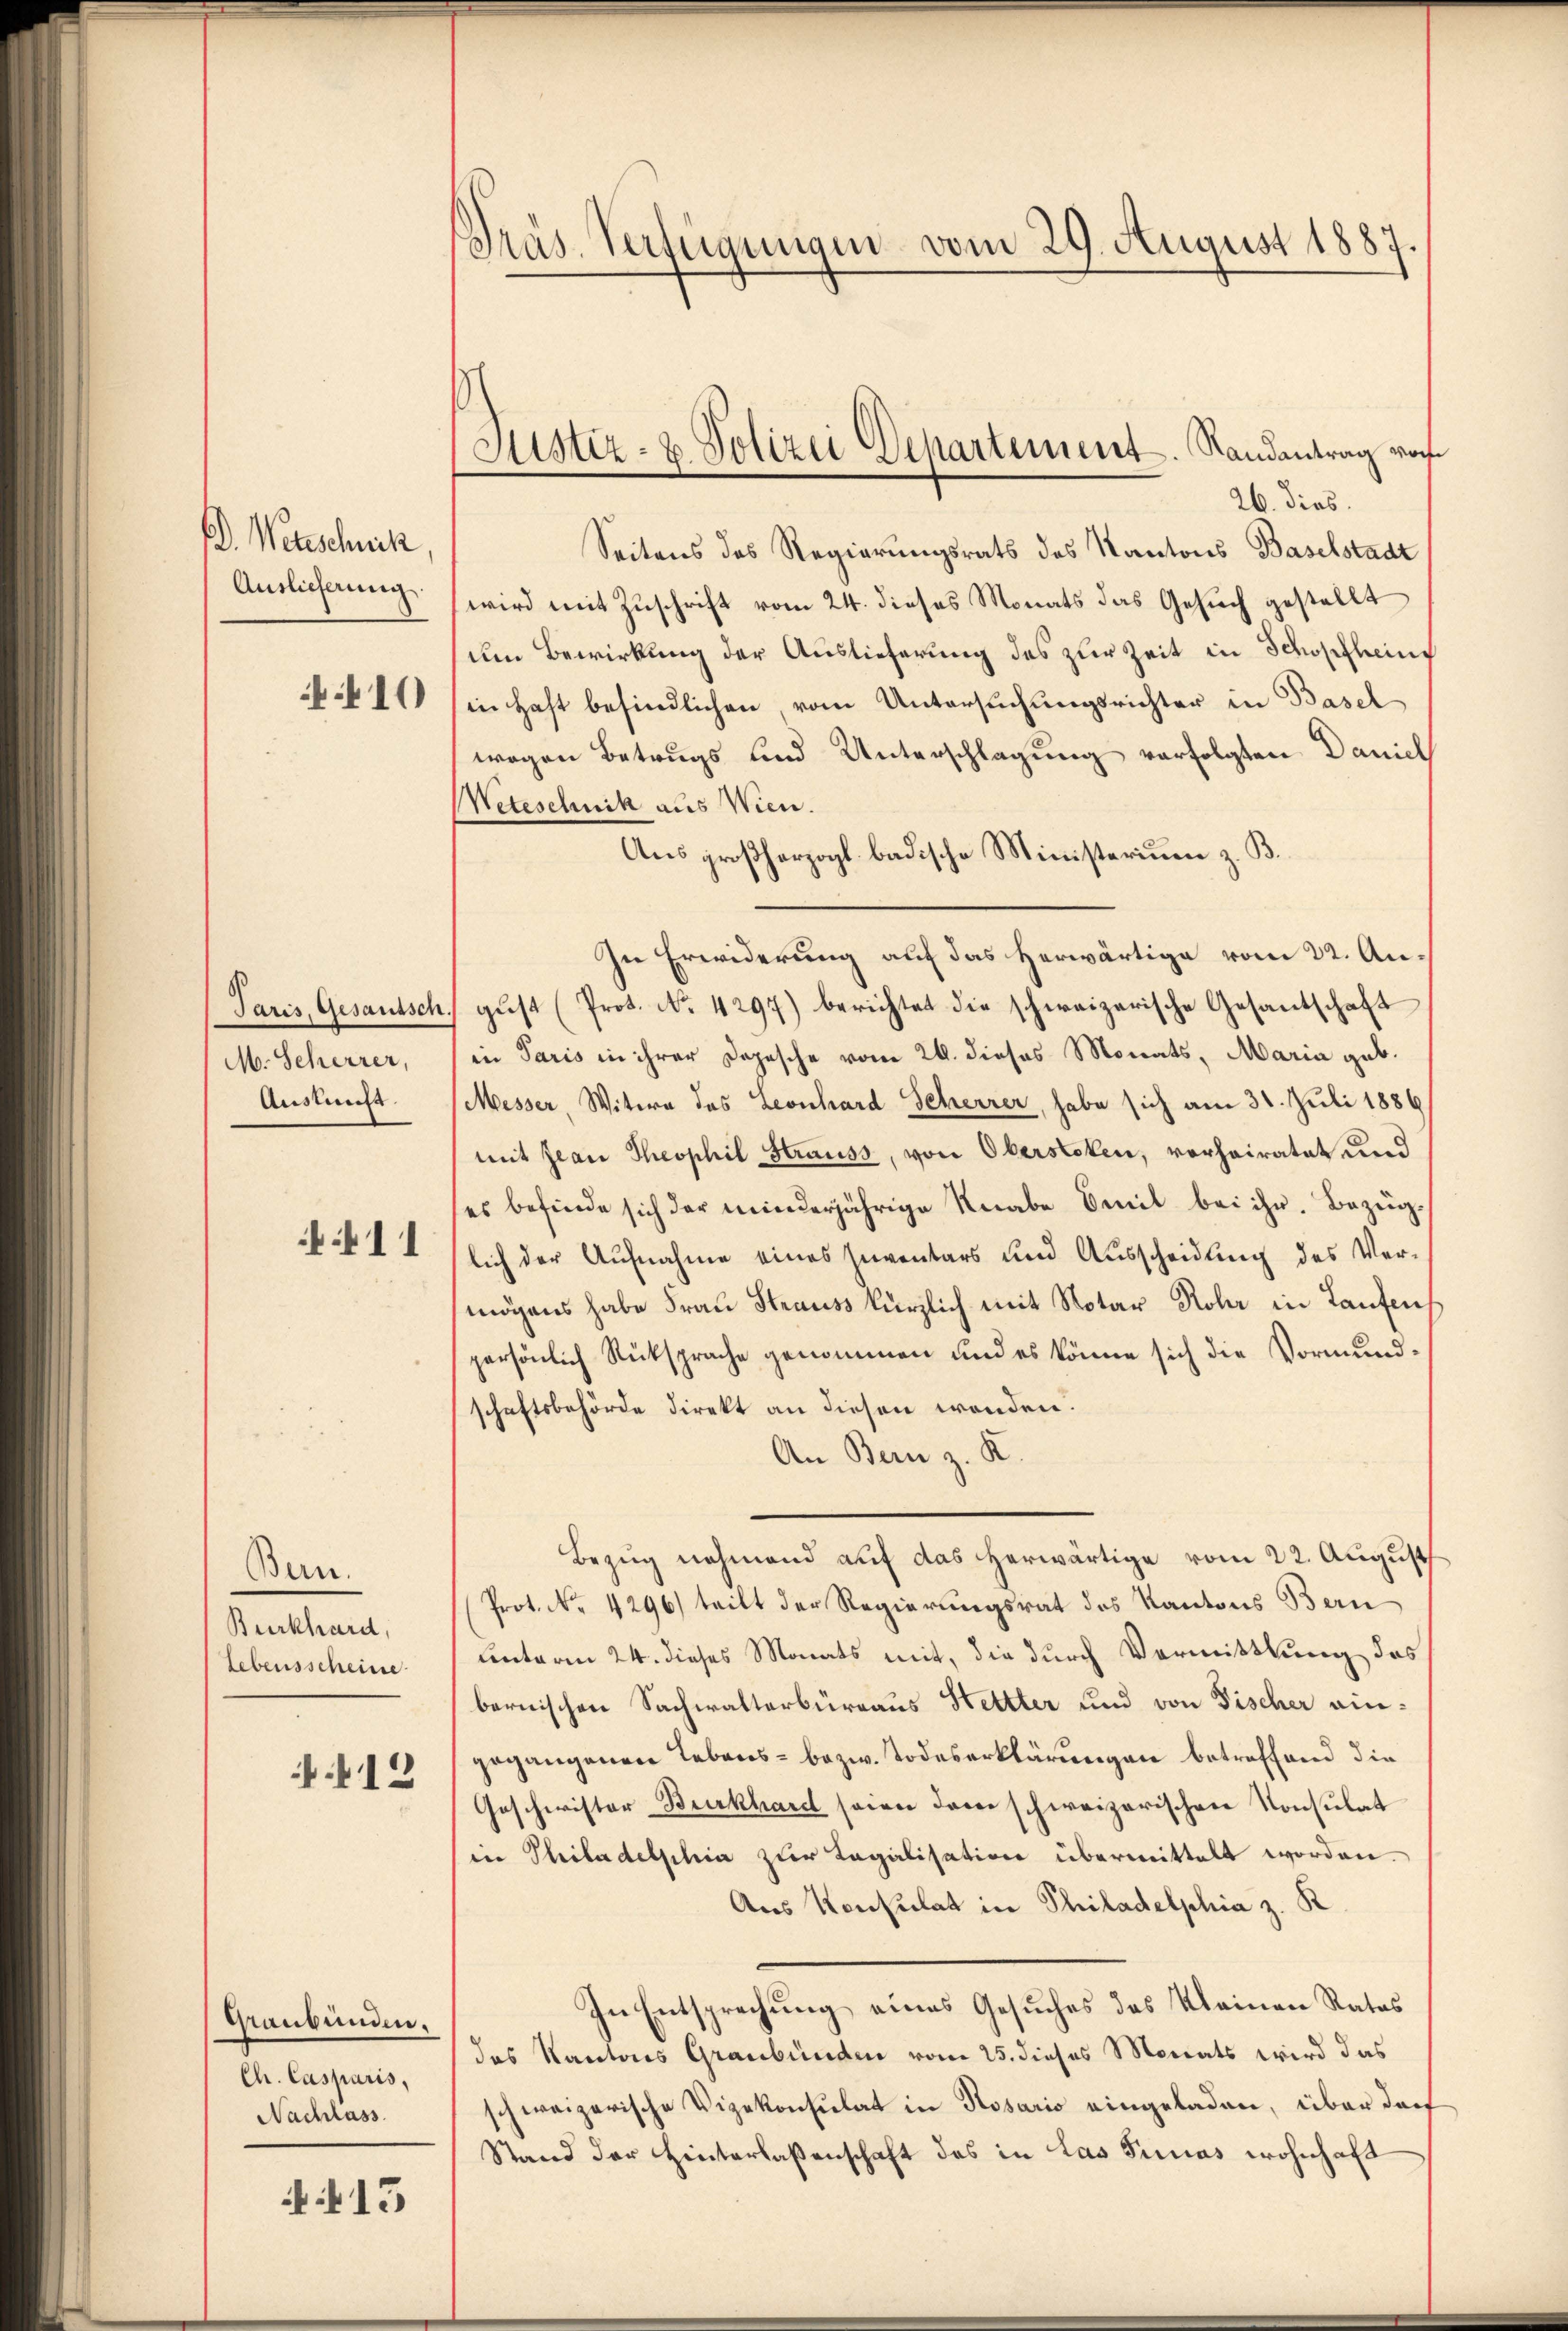
D. Wertschuck
Auslieferung.

410

M. Scherrer,
Auskunft.

11

Bern.
Burkhard,
Lebensscheine

.12

Graubünden.
Ch. Casparis,
Nachlass

15

Präs. Verfügungen vom 29. August 1887.

Justiz- & Polizei Departement. Randantrag vorh

26. dies
Seitens des Regierungsrats des Kantons Baselstadt
wird mit Zuschrift vom 24. dieses Monats das Gesuch gestellt
um Bewirkung der Auslieferung des zur Zeit in Schopfheim
in Haft befindlichen, vom Untersuchungsrichter in Basel
wegen Betrugs und Unterschlagung verfolgten Daniel
Neteschnik aus Wien.
Aus großherzogl. badische Ministerium z. B.
In Erwiderung auf das Herwärtige vom 22. Au¬
Paris, Gesantsch gust (Prot. No. 4297) berichtet die schweizerische Gesantschaft
in Paris in ihrer Depesche vom 26. dieses Monats, Maria geb.
Messer, Witwe des Leonhard Scherrer, habe sich am 31. Juli 1886
mit Jean Theophil Strauss, von Oberstehen, verheiratet und
ses befinde sich der minderjährige Knabe mit bei ihr. Bezuglich der Aufnahme eines Inventars und Ausscheidung des Vermögens habe Frau Strauss kürzlich mit Notar Rohr in Laufen
persönlich Rücksprache genommen und es könne sich die Vormundschaftsbehörde direkt an diesen wenden.
An Bern z. K.
Bezug nehmend auf das herwärtige vom 22. August
Prot. No. 4296) teilt der Regierungsrat des Kantons Bern
unterm 24. dieses Monats mit, die durch Vermittlung des
bernischen Sachwalterbüreaus Hettter und von Fischer eingegangenen Lebens- bezw. Todeserklärungen betreffend die
Geschwister Burkhardt seien der schweizerischen Konsulat
in Philadelphia zur Legalisation übermittelt worden.
Aus Konsulat in Philadelphia z. K
In Entsprechung eines Gesuches des Kleinen Rates
das Kantons Graubünden vom 25. dieses Monats wird das
schweizerische Vizekonsulat in Rosario eingeladen, über darf
Stand der Hinterlaßenschaft des in las Tunias wohnhaft